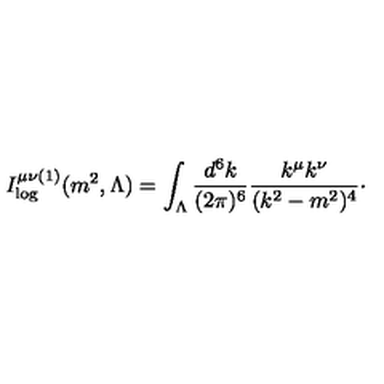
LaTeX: I _ { \log } ^ { \mu \nu ( 1 ) } ( m ^ { 2 } , \Lambda ) = \int _ { \Lambda } \frac { d ^ { 6 } k } { ( 2 \pi ) ^ { 6 } } \frac { k ^ { \mu } k ^ { \nu } } { ( k ^ { 2 } - m ^ { 2 } ) ^ { 4 } } \cdot